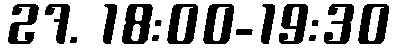
27. 18:00-19:30